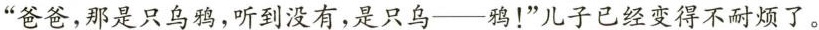
”爸爸，那是只乌鸦，听到没有，是只乌——鸦！”儿子已经变得不耐烦了。